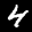
Label: 4